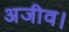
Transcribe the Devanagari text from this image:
अजीव।